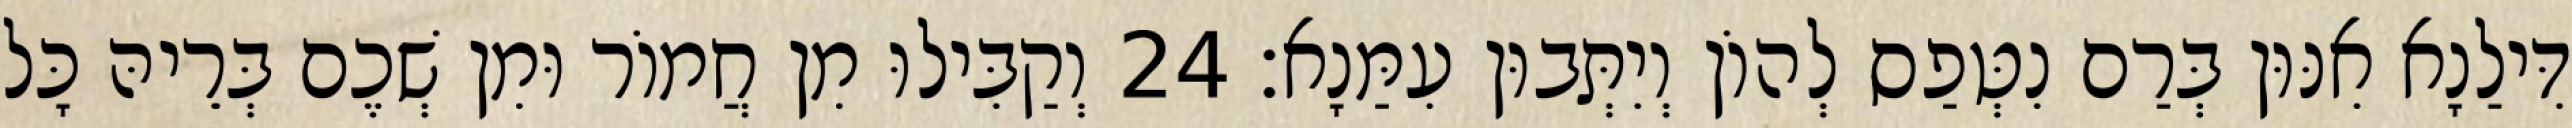
דִּילַנָא אִנּוּן בְּרַם נִטְּפַס לְהוֹן וְיִתְּבוּן עִמַּנָא׃ 24 וְקַבִּילוּ מִן חֲמוֹר וּמִן שְׁכֶם בְּרֵיהּ כָּל